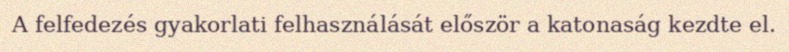
A felfedezés gyakorlati felhasználását először a katonaság kezdte el.